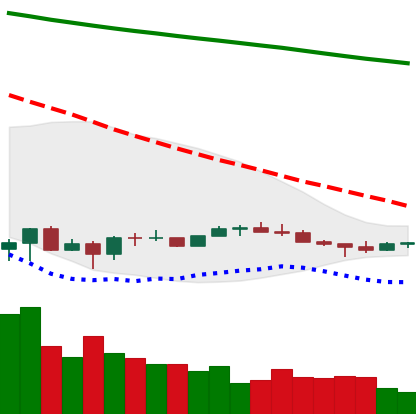
Ticker: EOS-USD
Chart end date: 2022-07-03
Forward return: 7.835%
Label: up_7plus